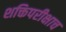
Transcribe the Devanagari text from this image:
शक्तिपरीक्षाच